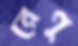
রেণু